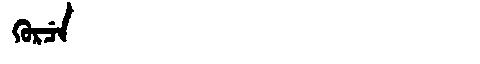
Manchu: ᡴᡠᡵᠴᡝ
Romanization: KURCE